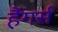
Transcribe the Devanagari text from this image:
हैंगर्स